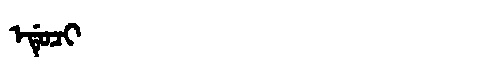
Manchu: ᡝᡩᡠᠴᡳ
Romanization: EDUCI